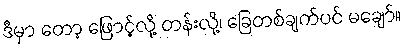
ဒီမှာ တော့ ဖြောင့်လို့ တန်းလို့၊ ခြေတစ်ချက်ပင် မချော်။